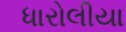
ધારોલીયા